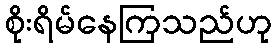
စိုးရိမ်နေကြသည်ဟု